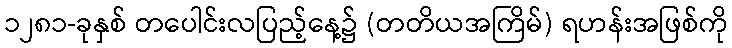
၁၂၈၁-ခုနှစ် တပေါင်းလပြည့်နေ့၌ (တတိယအကြိမ်) ရဟန်းအဖြစ်ကို